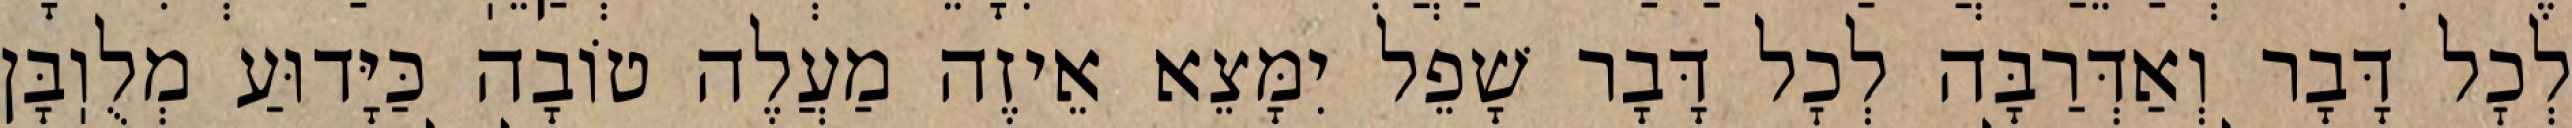
לְכׇל דָּבָר וְאַדְּרַבָּה לְכׇל דָּבָר שָׁפֵל יִמָּצֵא אֵיזֶה מַעֲלֶה טוֹבָה כַּיָּדוּעַ מְלֻוֽבָּן